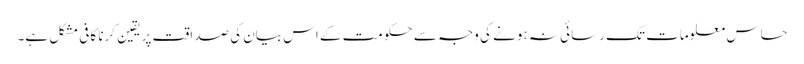
حساس معلومات تک رسائی نہ ہونے کی وجہ سے حکومت کے اس بیان کی صداقت پر یقین کرنا کافی مشکل ہے۔